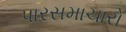
પારસમાચારો